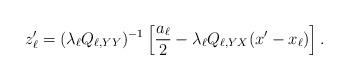
LaTeX: \begin{align*}z_\ell' = (\lambda_\ell Q_{\ell, YY})^{-1} \left[ \frac{a_\ell}{2} - \lambda_\ell Q_{\ell, YX} (x' - x_\ell) \right].\end{align*}